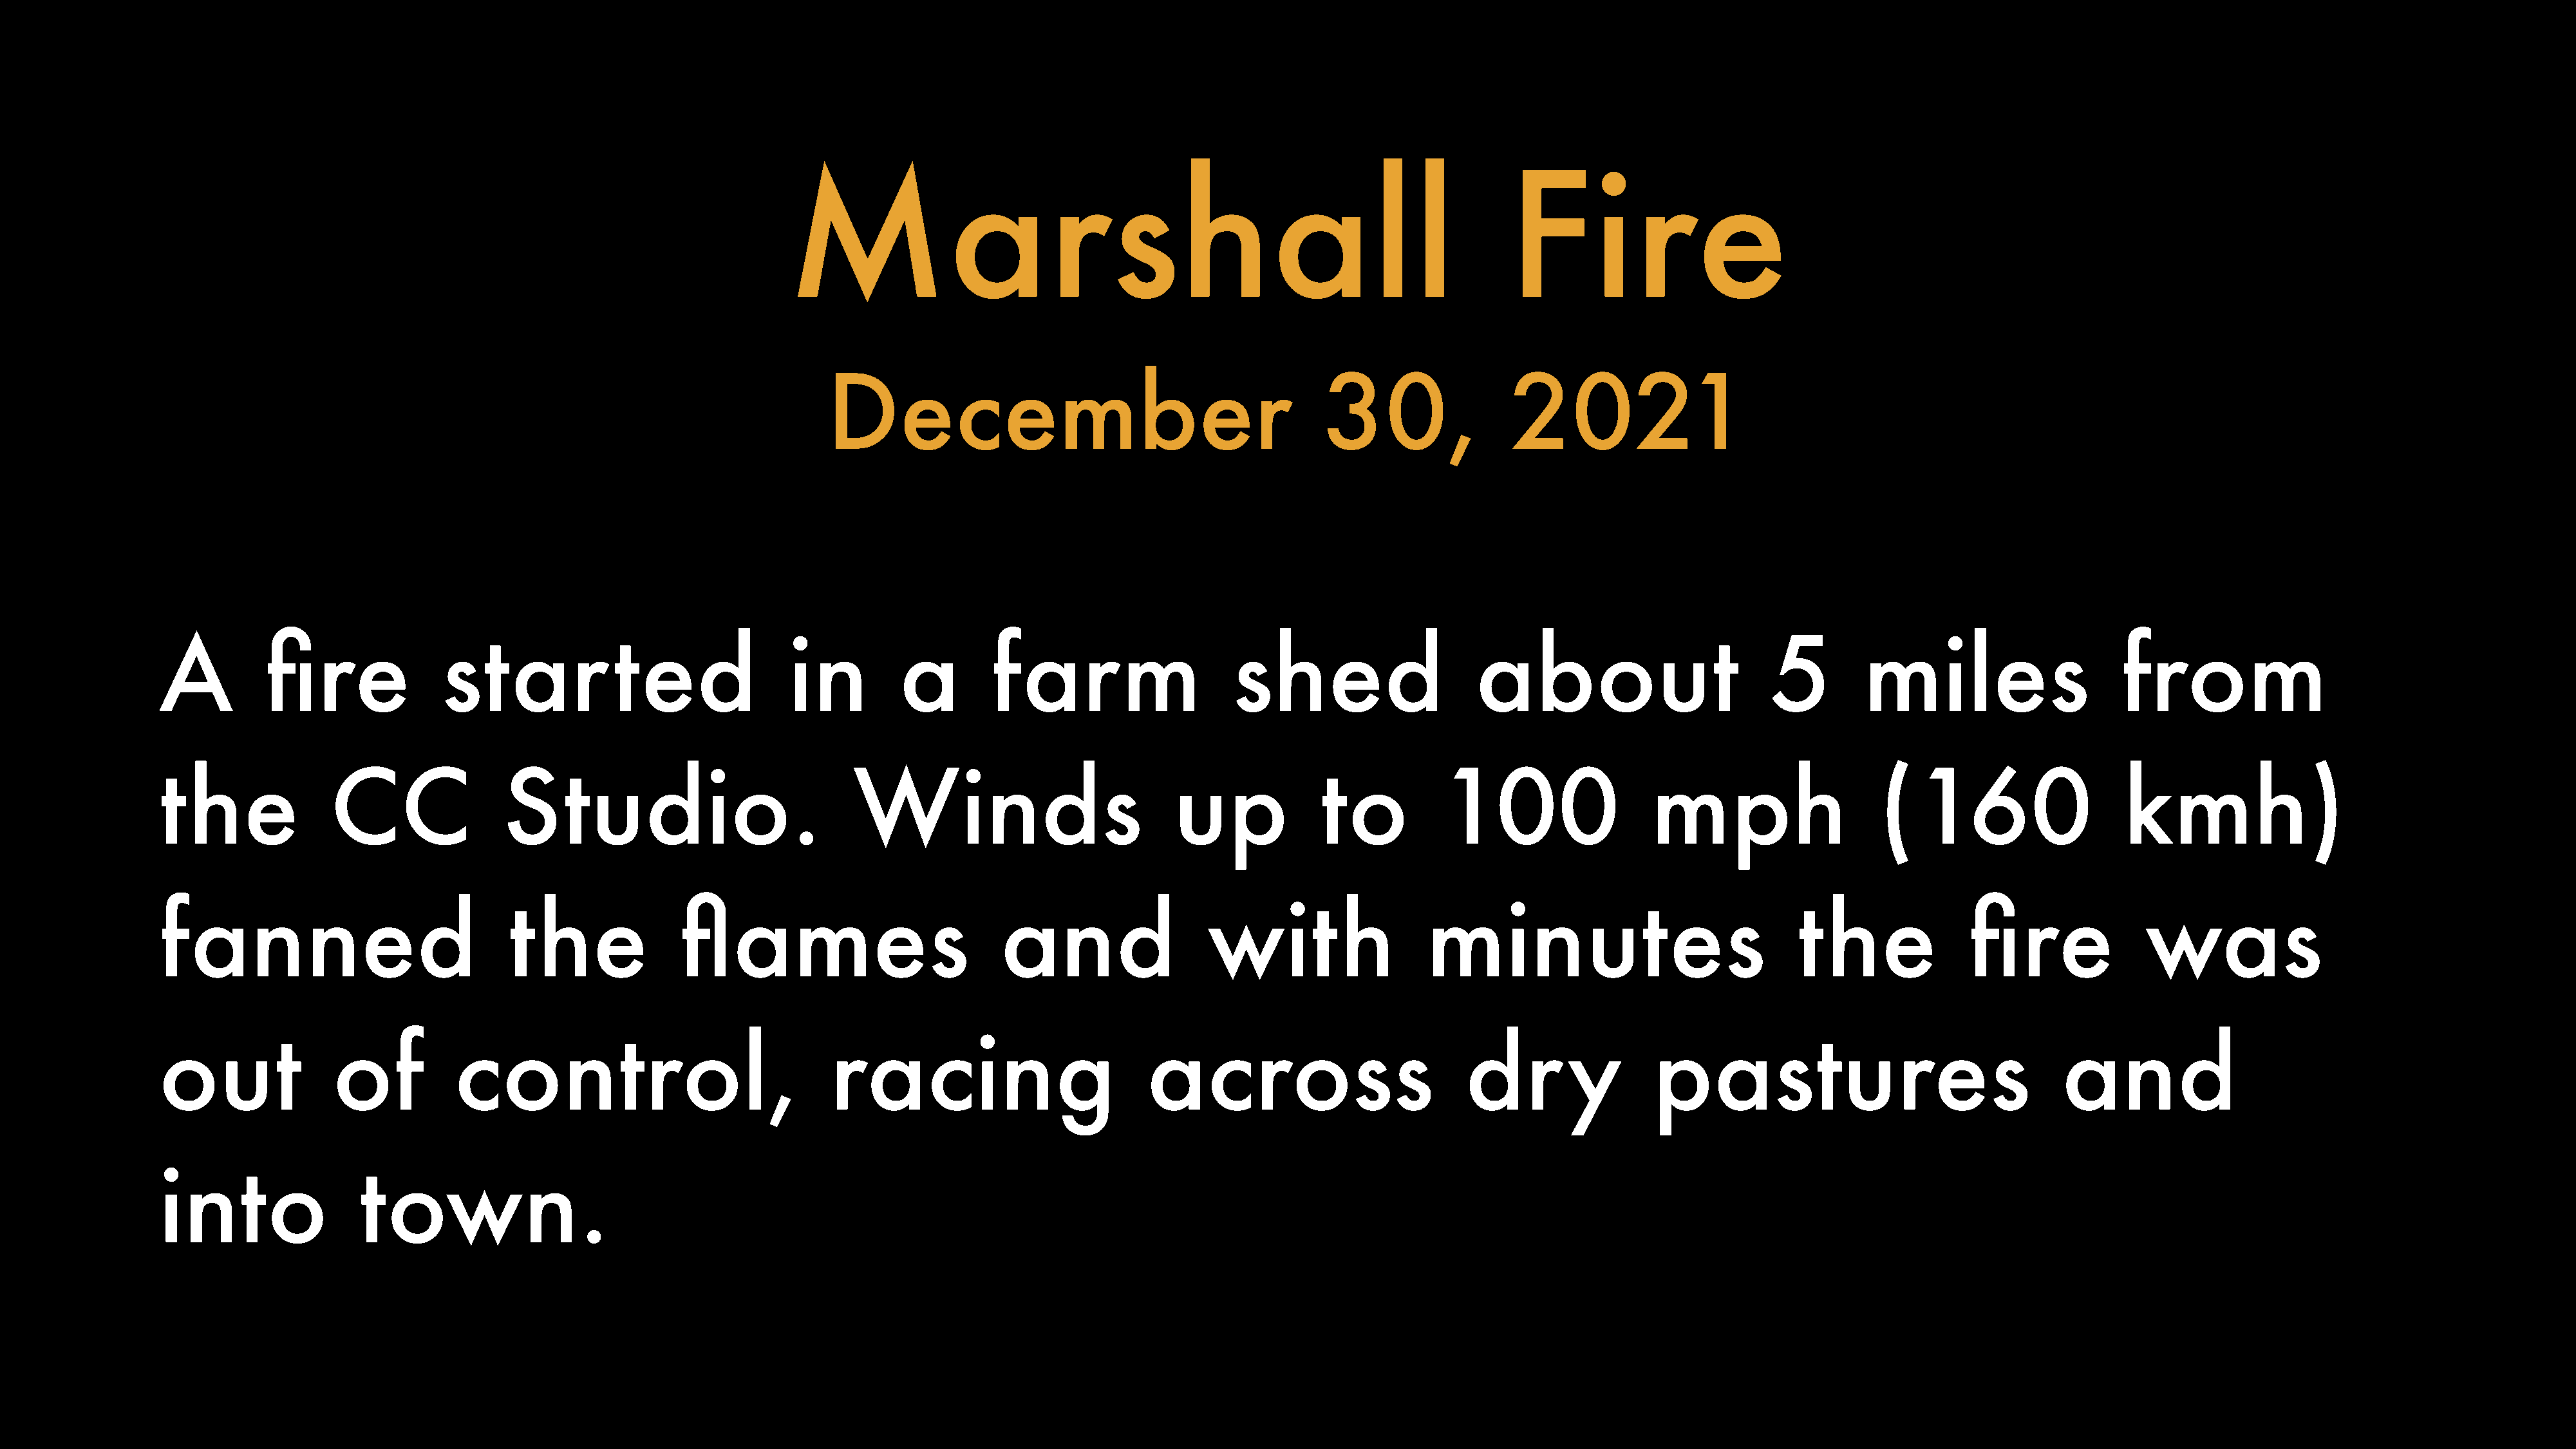
Marshall                                                                  Fire
 December                                           30,                2021
 A          fire              started                             in         a         farm                     shed                     about                         5         miles                     from
 the               CC                Studio.                             Winds                            up             to          100                   mph                    (160                     kmh)
 fanned                              the               flames                           and                  with                   minutes                               the              fire               was
 out               of           control,                              racing                           across                           dr        y        pastures                                  and
 into                 town.